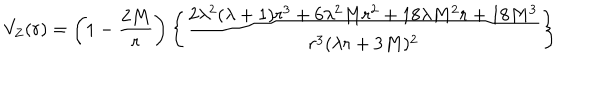
V _ { \mathrm { Z } } ( r ) = \left( 1 - { \frac { 2 M } { r } } \right) \left\{ \frac { 2 \lambda ^ { 2 } ( \lambda + 1 ) r ^ { 3 } + 6 \lambda ^ { 2 } M r ^ { 2 } + 1 8 \lambda M ^ { 2 } r + 1 8 M ^ { 3 } } { r ^ { 3 } ( \lambda r + 3 M ) ^ { 2 } } \right\}